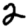
Digit: 2